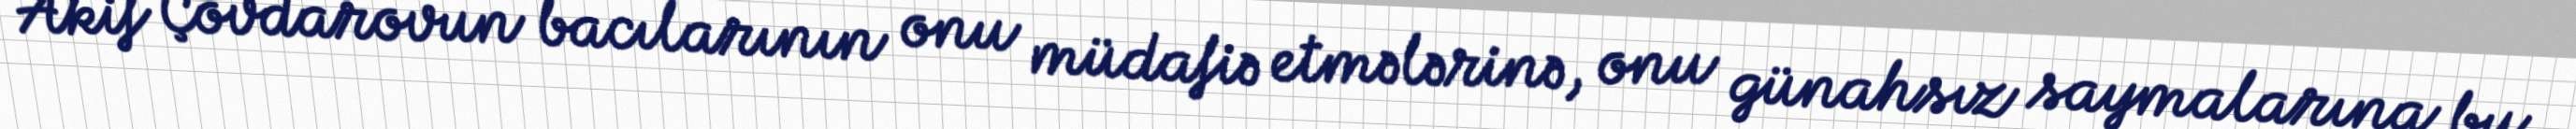
Akif Çovdarovun bacılarının onu müdafiə etmələrinə, onu günahsız saymalarına bu